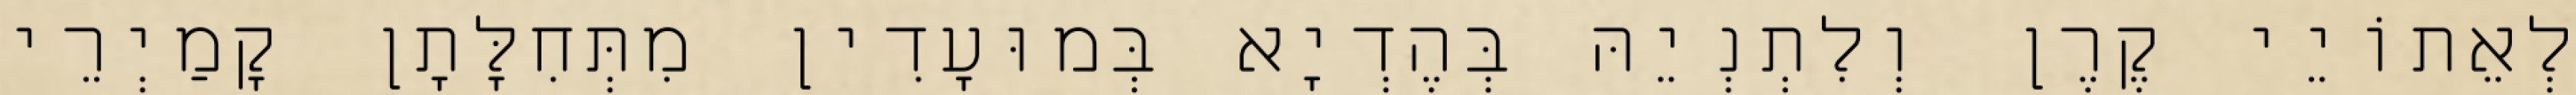
לְאֵתוֹיֵי קֶרֶן וְלִתְנְיֵהּ בְּהֶדְיָא בְּמוּעָדִין מִתְּחִלָּתָן קָמַיְרֵי